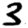
Digit: 3